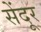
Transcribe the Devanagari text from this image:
सेंदूर